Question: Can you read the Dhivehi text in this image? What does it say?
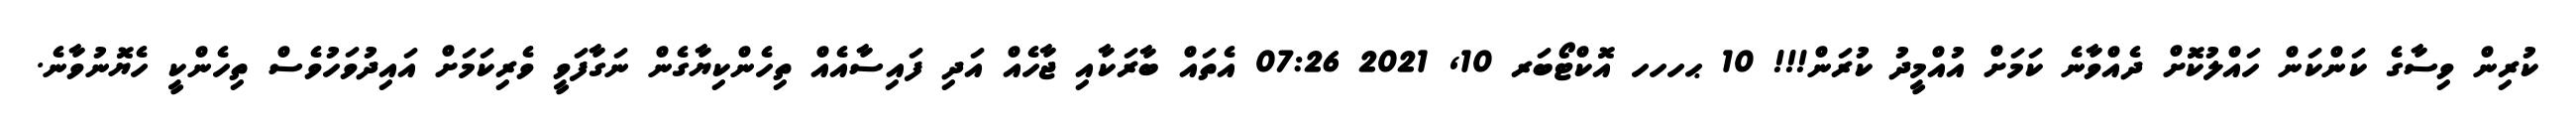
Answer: ކުރިން ވިސާގެ ކަންކަން ހައްލުކޮށް ދެއްވާނެ ކަމަށް އުއްމީދު ކުރަން!!! 10 ޙހހހ އޮކްޓޯބަރ 10, 2021 07:26 އެތައް ބާރަކާއި ޖާހެއް އަދި ފައިސާއެއް ތިހެންކިޔާގެން ނަގާފަވީ ވެރިކަމަށް އައިދުވަހުވެސް ތިހެންކީ ހެޔޮނުވާނެ.